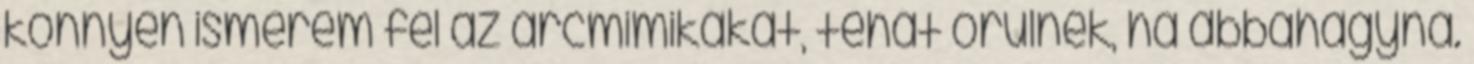
könnyen ismerem fel az arcmimikákat, tehát örülnék, ha abbahagyná.